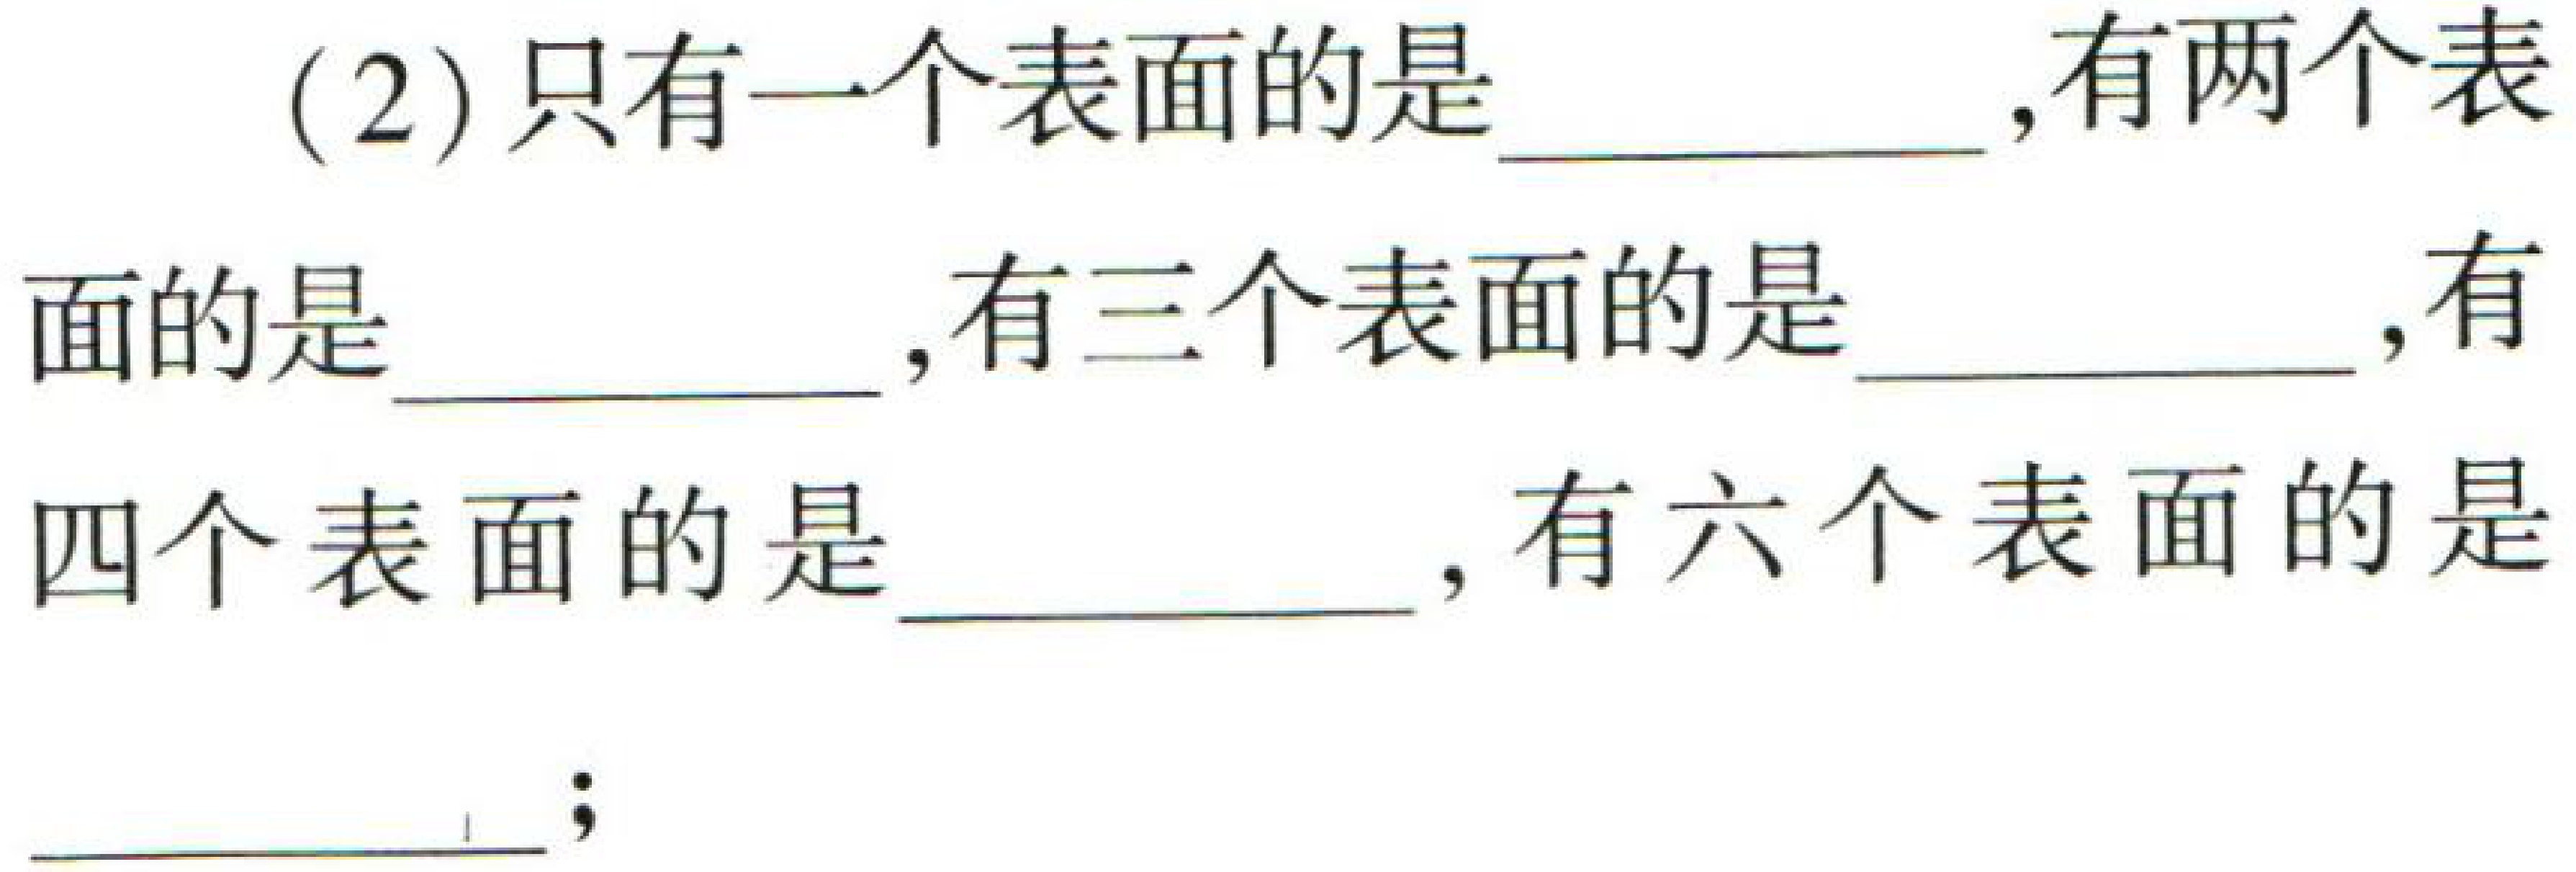
(2)只有一个表面的是\underline{\qquad},有两个表面的是\underline{\qquad},有三个表面的是\underline{\qquad},有四个表面的是\underline{\qquad},有六个表面的是\underline{\qquad};